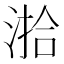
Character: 湁